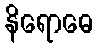
နိရောဓေ